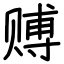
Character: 赙